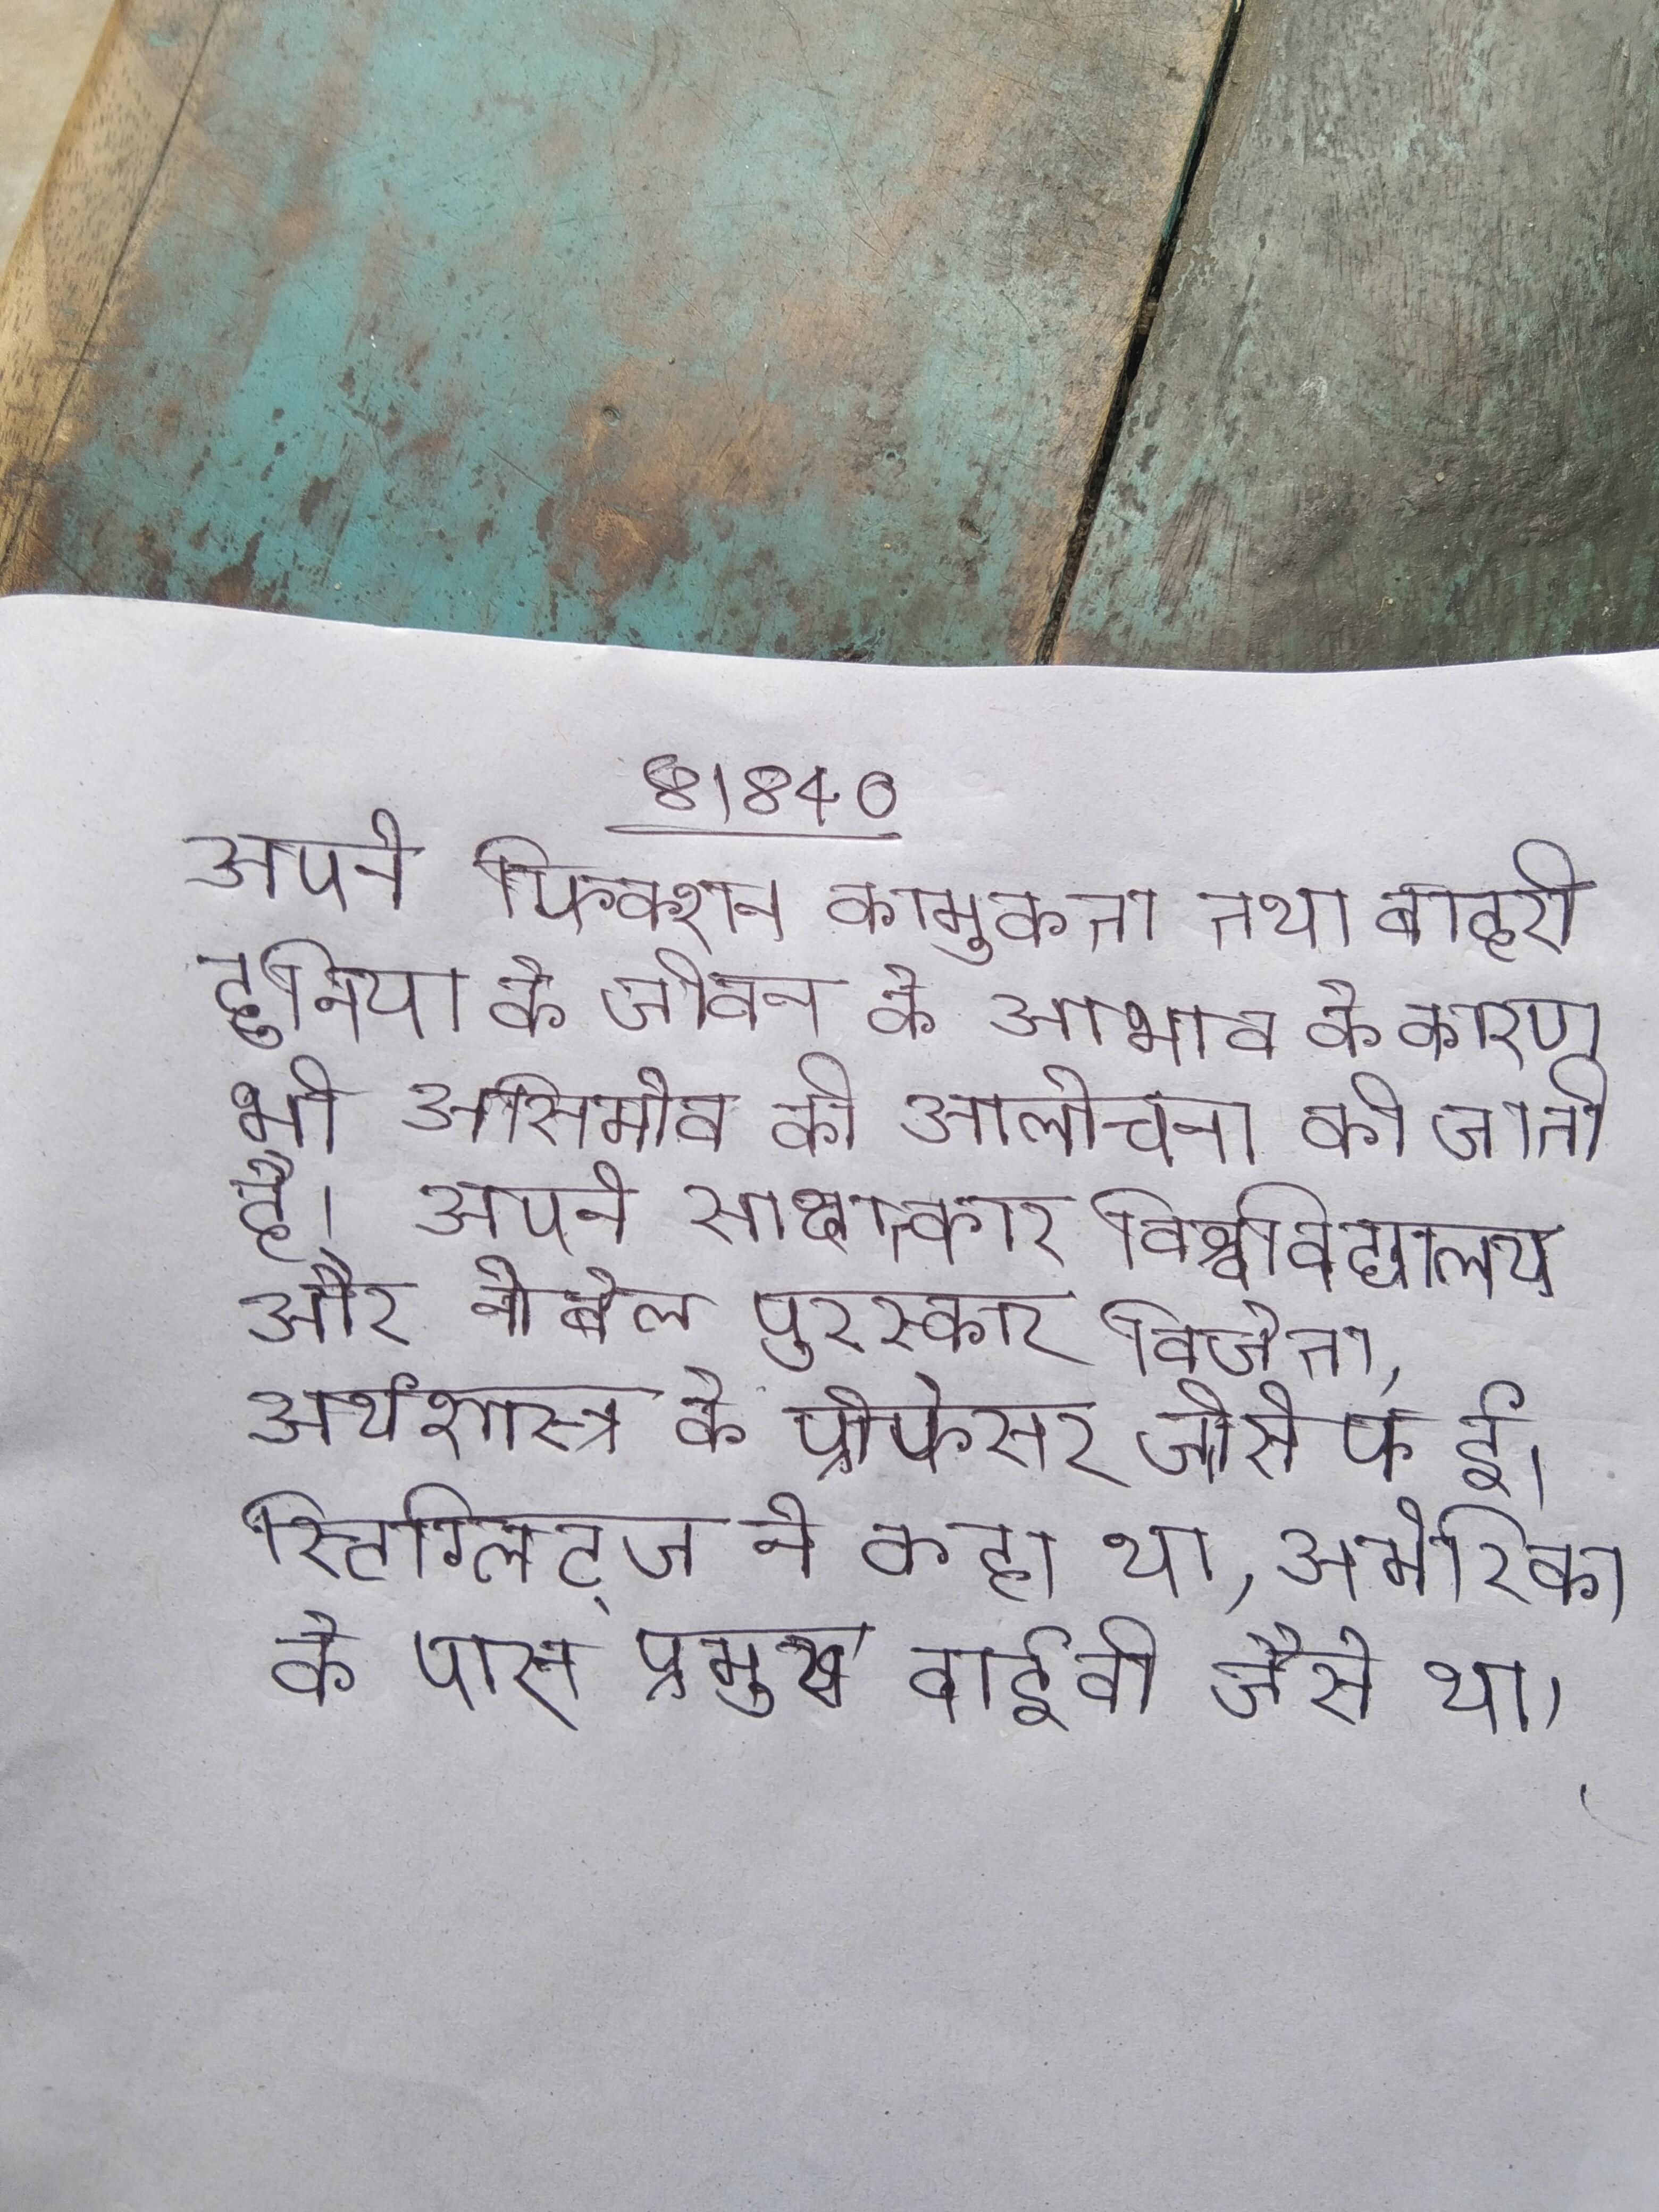
अपने फिक्शन कामुकता तथा बाहरी दुनिया के जीवन के आभाव के कारण भी असिमोव की आलोचना की जाती है । अपने साक्षात्कार विश्वविद्यालय और नोबेल पुरस्कार विजेता, अर्थशास्त्र के प्रोफेसर जोसेफ ई। स्टिग्लिट्ज ने कहा था, अमेरिका के पास प्रमुख वाईवी जैसे था ।